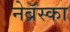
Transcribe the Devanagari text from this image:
नेब्रॅस्का